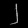
Digit: ၂